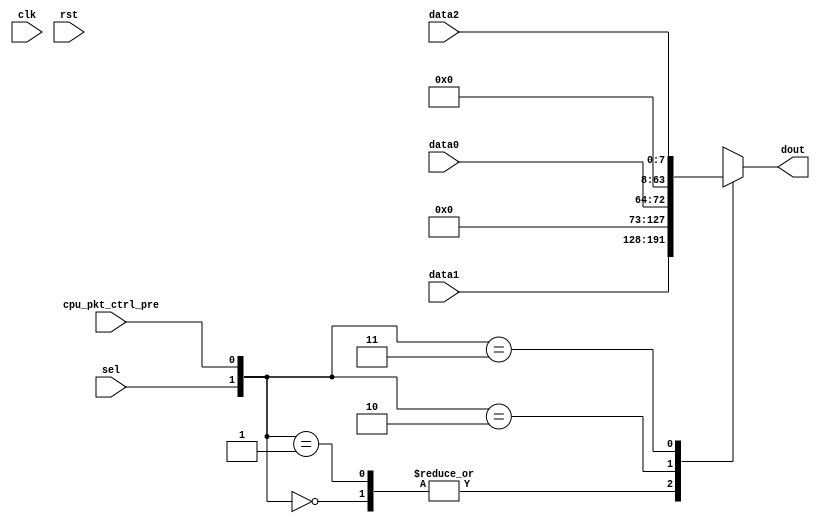
`timescale 1ns / 1ps
//////////////////////////////////////////////////////////////////////////////////
// Company: 
// Engineer: 
// 
// Design Name: 
// Module Name:    out_data_mux 
// Project Name: 
// Target Devices: 
// Tool versions: 
// Description: 
//
// Dependencies: 
//
// Revision: 
// Revision 0.01 - File Created
// Additional Comments: 
//
//////////////////////////////////////////////////////////////////////////////////
module out_data_mux(
    input sel,
    input cpu_pkt_ctrl_pre,
    input [8:0] data0,
    input [63:0] data1,
    input [7:0] data2,
    output reg [63:0] dout,
	 input clk,
	 input rst
    );
	 
	 always @(*)
	 begin
			case ({sel, cpu_pkt_ctrl_pre})
				2'b00:	dout = data1;
				2'b01:	dout = data1;
				2'b10:	dout = {55'd0, data0};
				2'b11:	dout = {56'd0, data2};
			endcase
	 end


endmodule